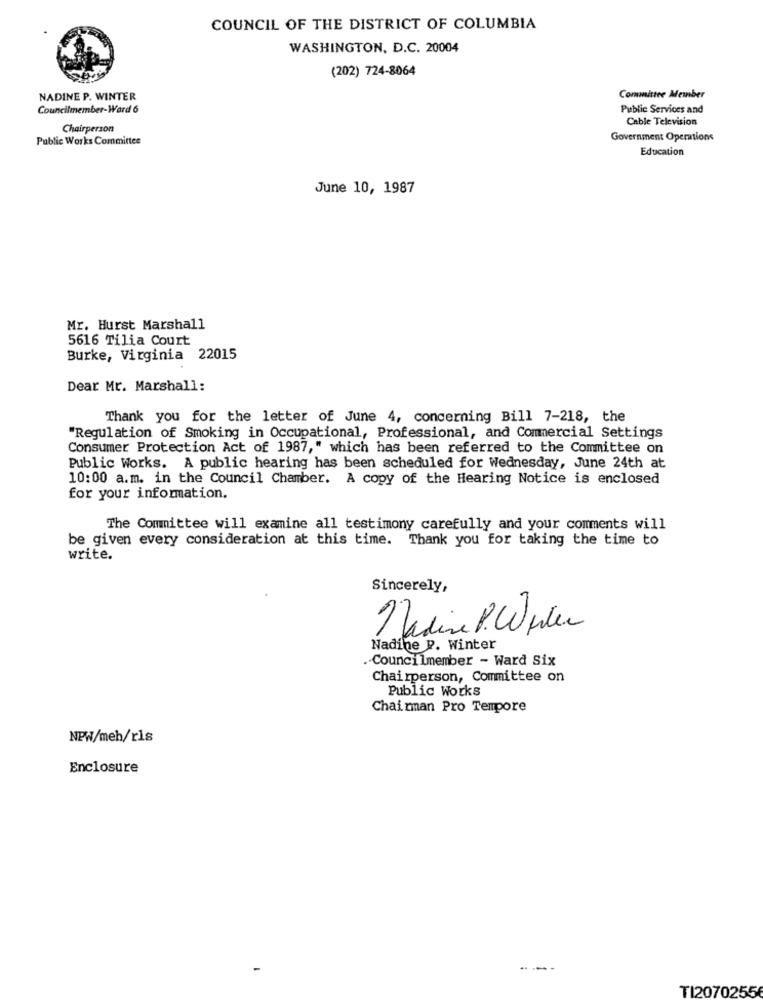
COUNCIL OF THE DISTRICT OF COLUMBIA
WASHINGTON, D.C. 20004
(202) 724-8064
NADINE P. WINTER
Committee Member
Councilmember-Ward 6
Public Services and
Cable Television
Chairperson
Public Works Committee
Government Operations
Education
June 10, 1987
Mr. Hurst Marshall
5616 Tilia Court
Burke, Virginia 22015
Dear Mr. Marshall:
Thank you for the letter of June 4, concerning Bill 7-218, the
"Regulation of Smoking in Occupational, Professional, and Commercial Settings
Consumer Protection Act of 1987," which has been referred to the Committee on
Public Works. A public hearing has been scheduled for Wednesday, June 24th at
10:00 a.m. in the Council Chamber. A copy of the Hearing Notice is enclosed
for your information.
The Committee will examine all testimony carefully and your comments will
be given every consideration at this time. Thank you for taking the time to
write.
Sincerely,
Nadine P. Werten
Nadine P. Winter
.- Councilmember - Ward Six
Chairperson, Committee on
Public Works
Chairman Pro Tempore
NPW/meh/ris
Enclosure
TI20702556